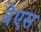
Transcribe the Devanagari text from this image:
वेएंस